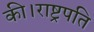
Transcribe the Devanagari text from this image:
की।राष्ट्रपति